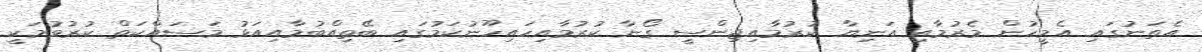
އެތަނުގައި އެމީހުން މެރުމާއި އަނިޔާ ކުރުމާއިޖިންސީ ގޯނާ ކުރުމާއިހައިހޫނުކަމުގައި ބޭތިއްބުމާއިއަޅު މަސައްކަތް ކުރުވުމަކީ